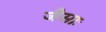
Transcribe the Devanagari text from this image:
जैसाः